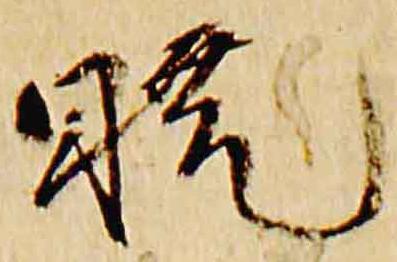
暁